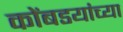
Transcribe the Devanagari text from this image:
कोंबडयांच्या